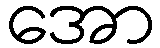
အော